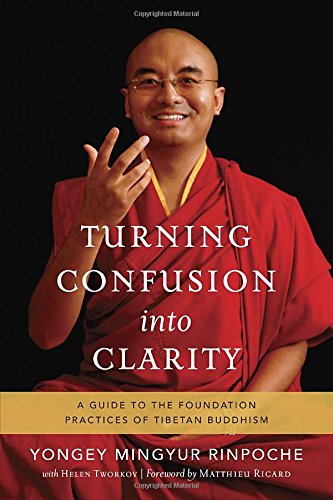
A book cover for Turning Confusion into Clarity: A Guide to the Foundation Practices of Tibetan Buddhism; Yongey Mingyur; Religion & Spirituality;